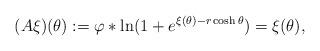
LaTeX: \begin{align*}(A\xi )(\theta ):=\varphi \ast \ln (1+e^{\xi (\theta )-r\cosh \theta })=\xi(\theta ), \end{align*}